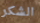
الشكر